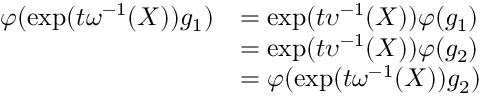
\begin{array} { r l } { \varphi ( \exp ( t \omega ^ { - 1 } ( X ) ) \mathscr { g } _ { 1 } ) } & { = \exp ( t \upsilon ^ { - 1 } ( X ) ) \varphi ( \mathscr { g } _ { 1 } ) } \\ & { = \exp ( t \upsilon ^ { - 1 } ( X ) ) \varphi ( \mathscr { g } _ { 2 } ) } \\ & { = \varphi ( \exp ( t \omega ^ { - 1 } ( X ) ) \mathscr { g } _ { 2 } ) } \end{array}